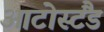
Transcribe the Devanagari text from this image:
आटोस्टैंड